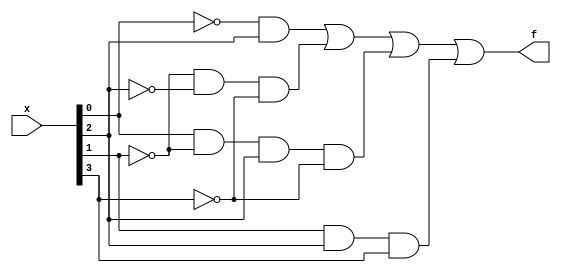
// This program was cloned from: https://github.com/matthewdelorenzo/CreativEval
// License: BSD 3-Clause "New" or "Revised" License

module top_module (
    input [4:1] x,
    output f
); 

    assign f = (~x[1] & x[3]) | (~x[2] & ~x[3] & ~x[4]) | (x[1] & ~x[2] & x[3] & ~x[4]) | (x[2] & x[3] & x[4]);
    
endmodule